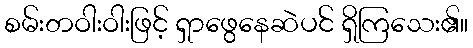
စမ်းတဝါးဝါးဖြင့် ရှာဖွေနေဆဲပင် ရှိကြသေး၏။